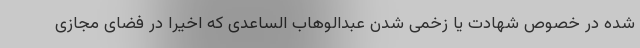
شده در خصوص شهادت یا زخمی شدن عبدالوهاب الساعدی که اخیرا در فضای مجازی